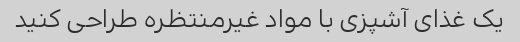
یک غذای آشپزی با مواد غیرمنتظره طراحی کنید